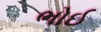
ભોઈ